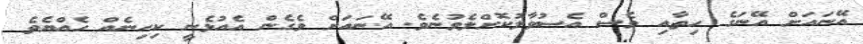
އޭނައަށް އޭނަގެ ހިތާއި ވެސް އެސުވާލުކޮށްލެވުނެވެ. އޭނައަށް ވެގެން އެއުޅެނީ ކިހިނެއް ހެއްޔެވެ